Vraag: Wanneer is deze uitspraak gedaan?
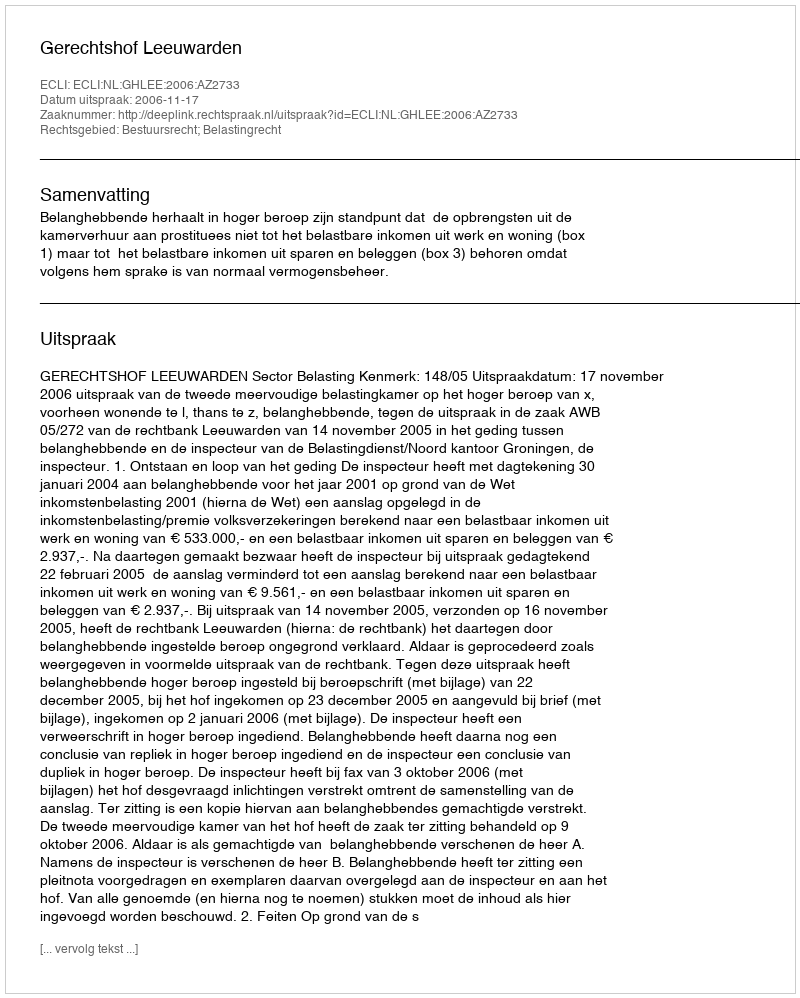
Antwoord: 2006-11-17